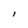
Character: l